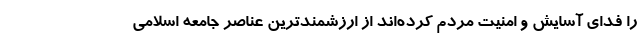
را فدای آسایش و امنیت مردم کرده‌اند از ارزشمندترین عناصر جامعه اسلامی